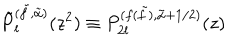
\tilde { P } _ { l } ^ { ( \tilde { f } , \tilde { \alpha } ) } ( z ^ { 2 } ) \equiv P _ { 2 l } ^ { ( f ( \tilde { f } ) , \tilde { \alpha } + 1 / 2 ) } ( z )